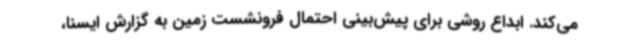
می‌کند. ابداع روشی برای پیش‌بینی احتمال فرونشست زمین به گزارش ایسنا،